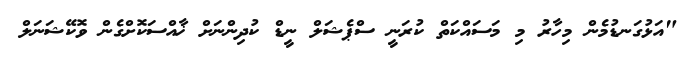
"އަޅުގަނޑުމެން މިހާރު މި މަސައްކަތް ކުރަނީ ސްޕެޝަލް ނީޑް ކުދިންނަށް ޚާއްސަކޮށްގެން ވޮކޭޝަނަލް